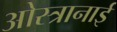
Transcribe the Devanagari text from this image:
ओस्त्रानाई